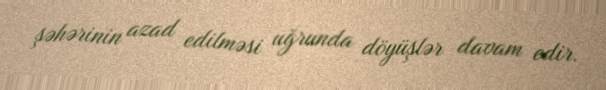
şəhərinin azad edilməsi uğrunda döyüşlər davam edir.